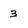
Character: 3